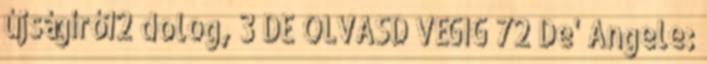
újságíró12 dolog, 3 DE OLVASD VÉGIG 72 De' Angele: